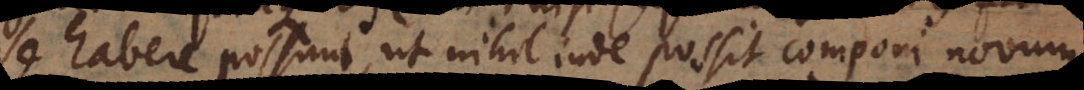
se habere possunt, ut nihil inde possit componi novum.